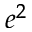
e ^ { 2 }